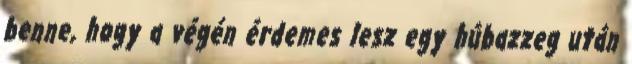
benne, hogy a végén érdemes lesz egy húbazzeg után